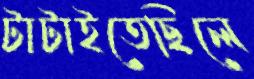
টাটাইতেছিলে